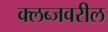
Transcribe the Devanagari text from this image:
क्लब्जवरील